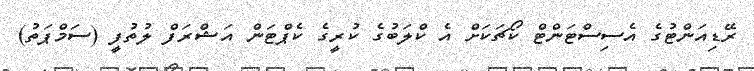
ރޭޑިއަންޓުގެ އެސިސްޓަންޓް ކޯޗަކަށް އެ ކްލަބުގެ ކުރީގެ ކެޕްޓަން އަޝްރަފް ލުތުފީ (ސަމްޕަތު)